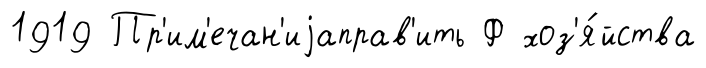
1919 Пр'им'ечан'иjаправ'ить Ф хоз'я́йства